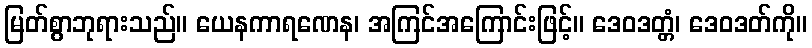
မြတ်စွာဘုရားသည်။ ယေနကာရဏေန၊ အကြင်အကြောင်းဖြင့်။ ဒေဝဒတ္တံ၊ ဒေဝဒတ်ကို။